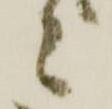
々